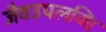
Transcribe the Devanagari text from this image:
जैवउपलब्धि